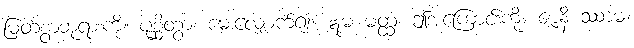
မြတ်စွာဘုရားကို။ ပုစ္ဆိတွာ၊ မေးလျှောက်၍။ ဣမ မတ္ထံ၊ ဤအကြောင်းကို။ ဇာနိ ဿာမ၊